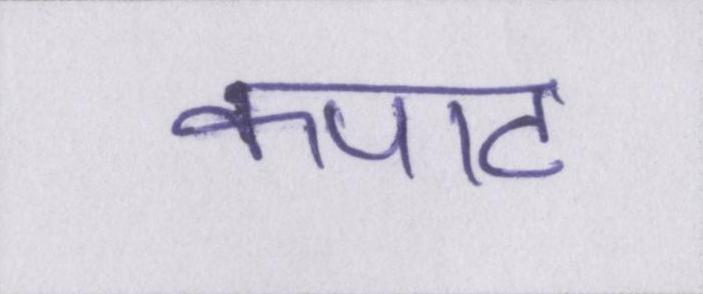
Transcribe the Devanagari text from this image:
कपाट